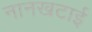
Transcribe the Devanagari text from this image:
नानखटाई